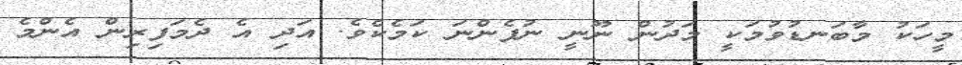
މީހަކު މާބަނޑުވުމަކީ މަދުން ނޫނީ ނުފެންނަ ކަމެކެވެ. އަދި އެ ދެމަފިރިން އެންމެ